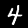
Label: 4